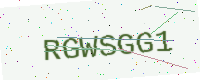
Text: RGWSGG1